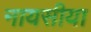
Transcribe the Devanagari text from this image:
नायसीया